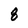
Character: 8